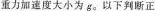
重力加速度大小为g。以下判断正